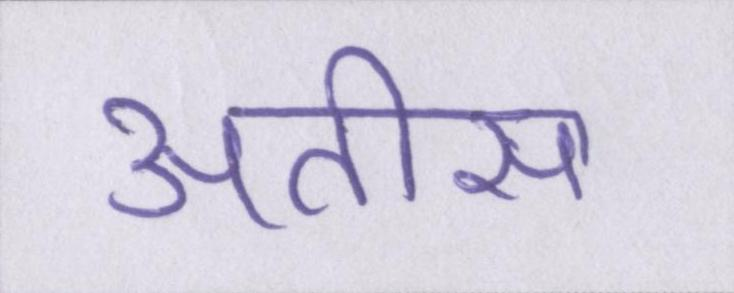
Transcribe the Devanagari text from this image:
अतीस